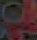
و